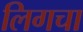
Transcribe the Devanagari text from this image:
लिगचा